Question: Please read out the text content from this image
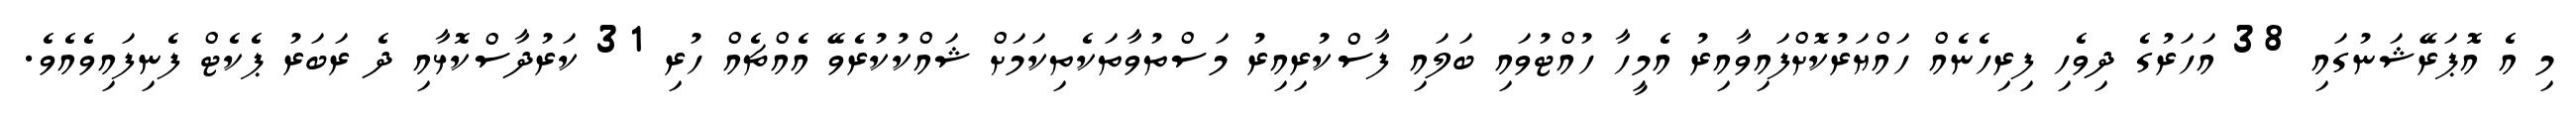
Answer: މި އެ އޮޕަރޭޝަނުގައި 38 އަހަރުގެ ދިވެހި ފިރިހެނެއް ހައްޔަރުކޮށްފައިވާއިރު އެމީހާ ހުއްޓުވައި ބަލައި ފާސްކުރިއިރު މަސްތުވާތަކެތިކަމަށް ޝައްކުކުރެވޭ އެއްޗެއް ހުރި 31 ކަރުދާސްކޮޅާއި ދެ ރަބަރު ޕެކެޓް ފެނިފައިވެއެވެ.